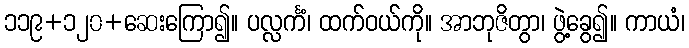
၁၁၉+၁၂၀+ဆေးကြော၍။ ပလ္လင်္ကံ၊ ထက်ဝယ်ကို။ အာဘုဇိတွာ၊ ဖွဲ့ခွေ၍။ ကာယံ၊